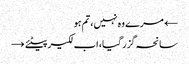
← مرے وہ نہیں، تم ہو
سانحہ گزر گیا، اب لکیر پیٹئے →